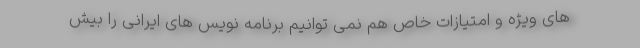
های ویژه و امتیازات خاص هم نمی توانیم برنامه نویس های ایرانی را بیش